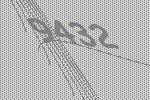
9432